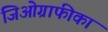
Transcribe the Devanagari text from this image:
जिओग्राफीका